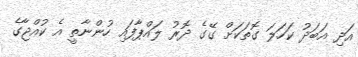
އަދި އަބަދު ކަހަލަ ގޮތަކަށް ގޭގެ ދޮރު ލައްޕާފައި ހުންނާތީ އެ ކުއްޖާގެ